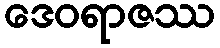
ဒေဝရာဇဿ